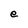
Character: e